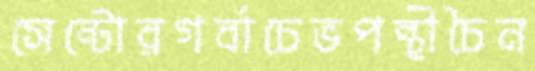
সেন্টোরগর্বাচেভপন্থীচৈন